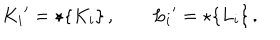
{ K _ { i } } ^ { \prime } = \star \{ K _ { i } \} \, , \qquad { L _ { i } } ^ { \prime } = \star \{ L _ { i } \} \, .